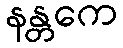
နန္တကေ